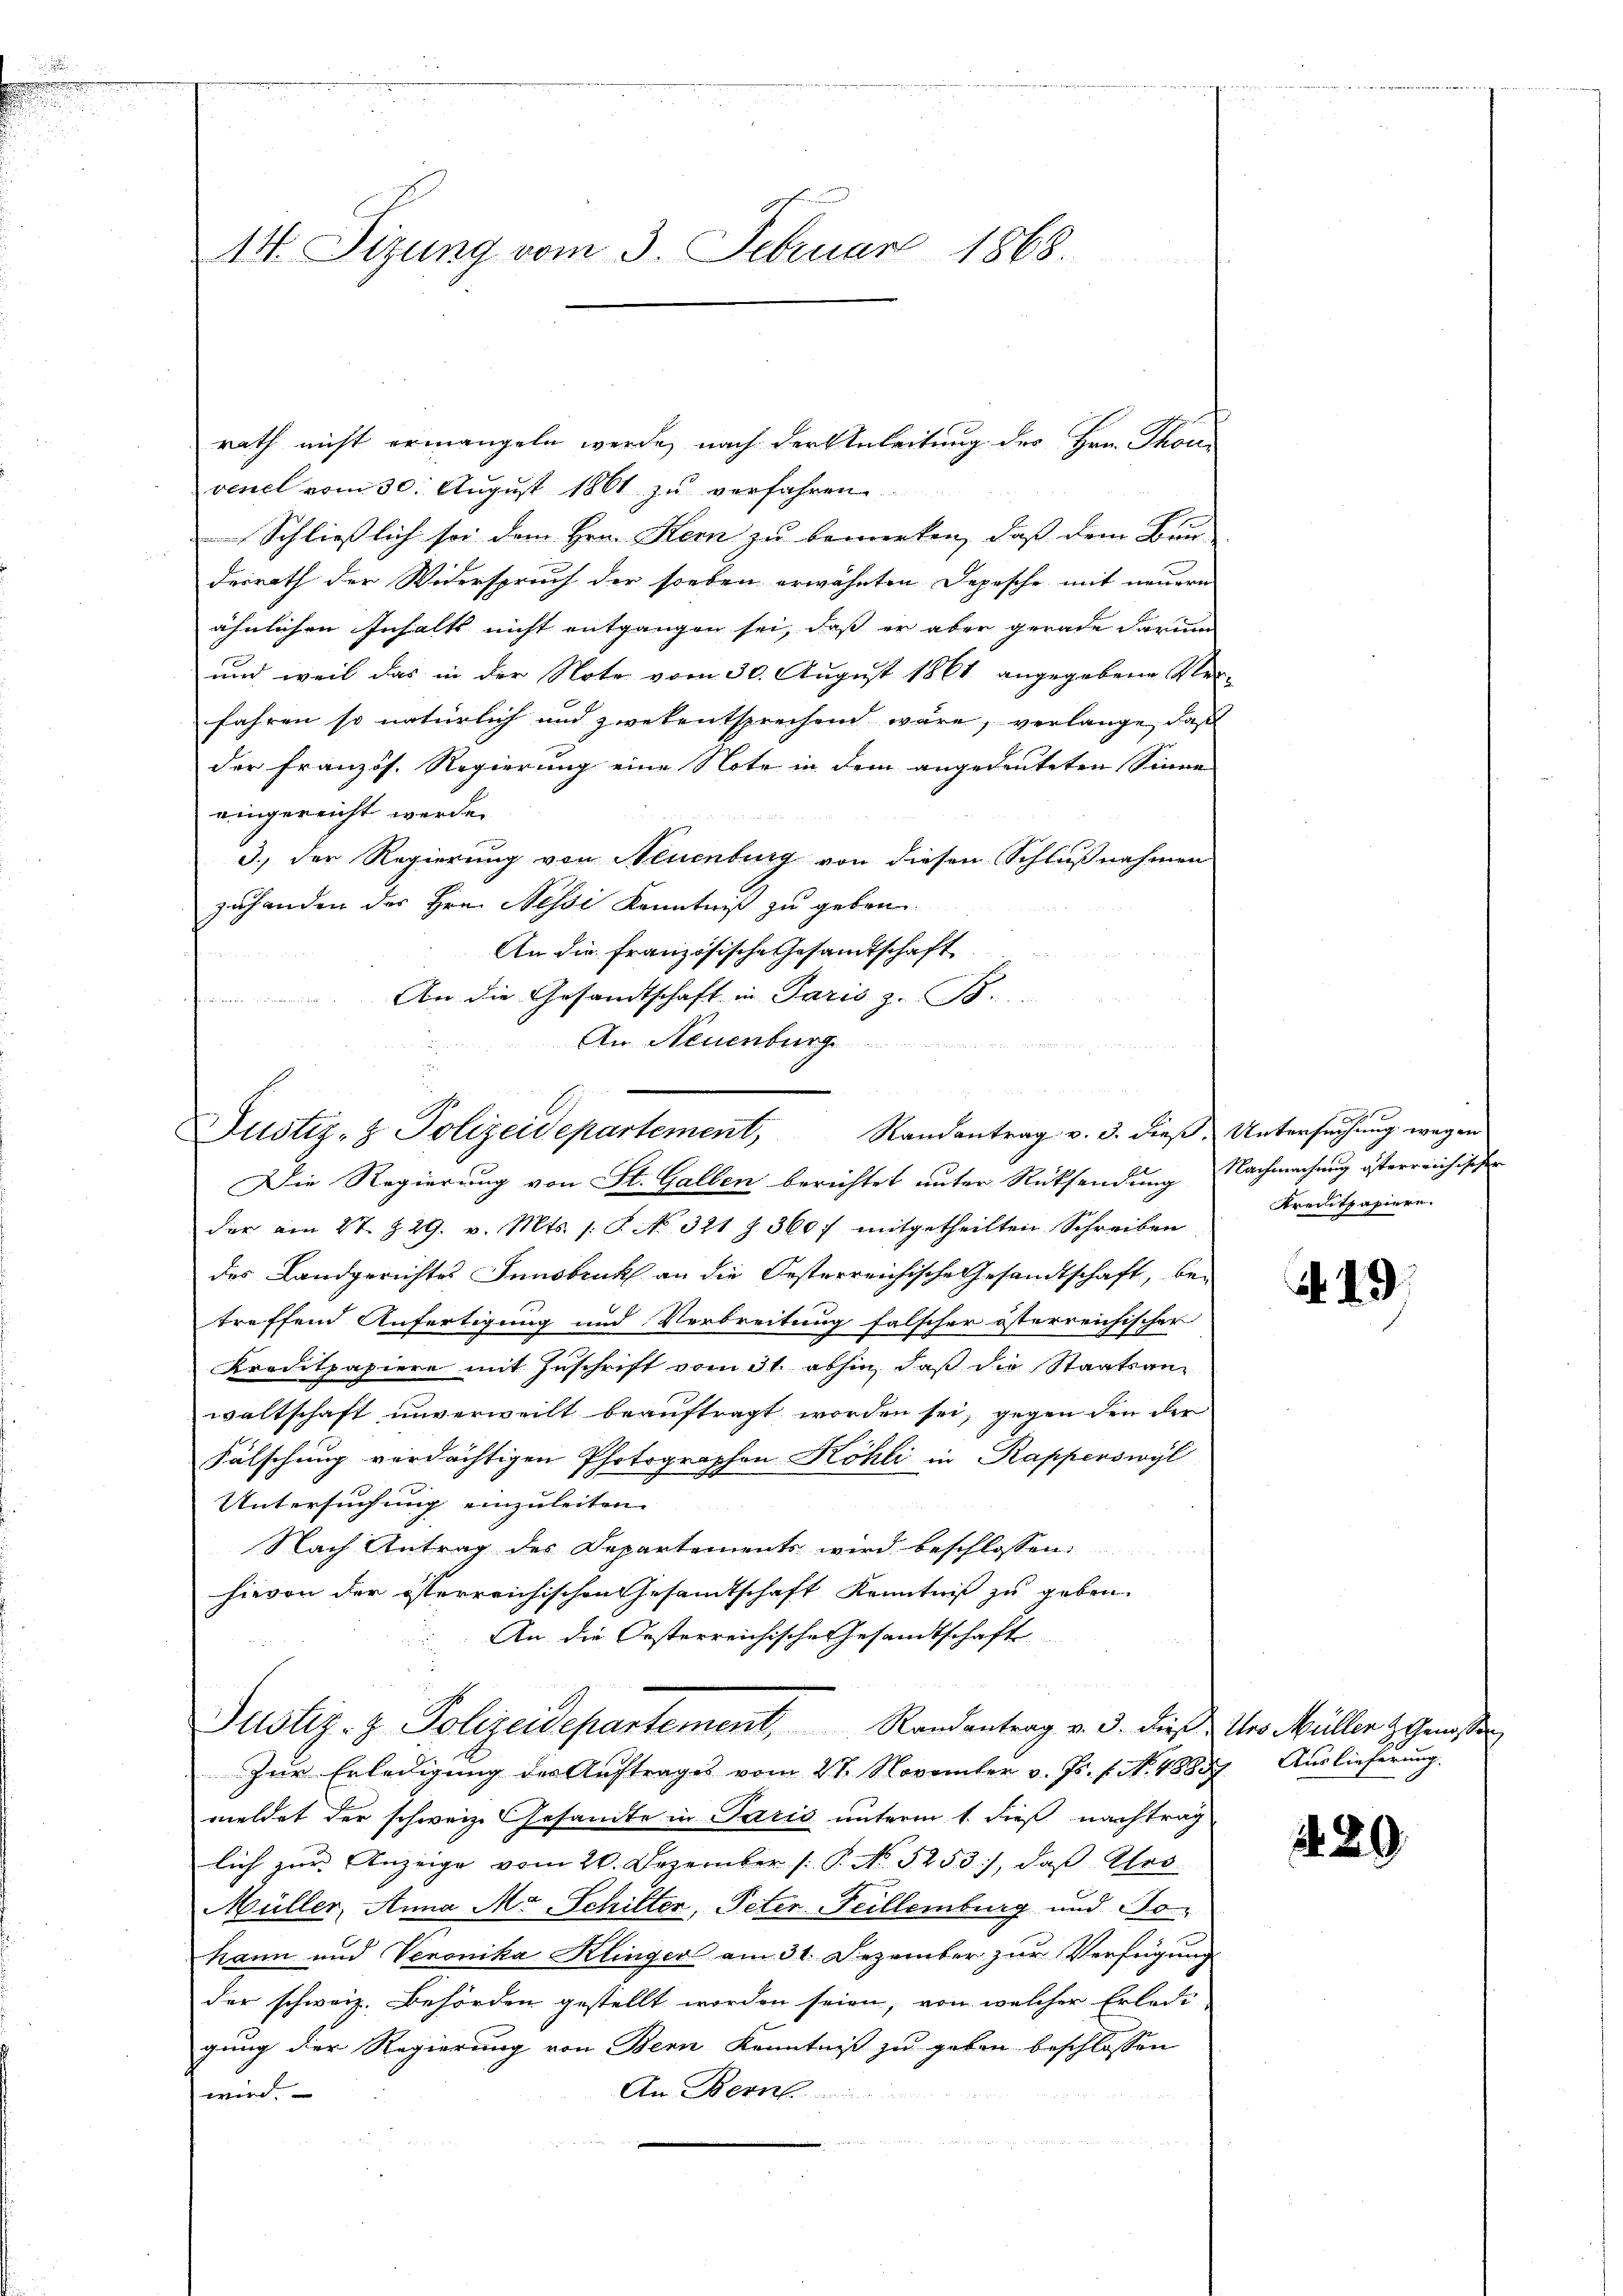
.

14. Sizung vom 3. Februar 1868.

rath nicht ermangeln werde, nach der Anleitung der Hrn. Thoni
venel vom 30. August 1861 zu verfahren
Schließlich sei dem Hrn. Kern zu bemerken, daß dem Bun-
derrath der Widerspruch der soeben erwähnten Depesche mit neuern
ähnlichen Inhalts nicht entgangen sei, daß er aber gerade darum
und weil das in der Note vom 30. August 1861 angegebene Ver-
fahren so natürlich und zwekentsprechen wäre, verlange, daß
der Französ. Regierung eine Note in dem angedeuteten Sinne
eingereicht werde.
3.) Der Regierung von Neuenburg von diesen Schlußnahmen
zuhanden der Hrn. Nessi Kenntniß zu geben.
An die französische Gesandtschaft
An die Gesandtschaft in Paris z. B.
An Neuenburg

Die Regierung von St. Gallen berichtet unter Rücksendung Nachmachung österreichischen
der am 27. Z. 29. v. Mts. s. S. No. 321 Z. 360 f mitgetheilten Schreiben
des Landgerichtes Innsbruck an die Oesterreichische Gesandtschaft, betreffend Anfertigung und Verbreitung falscher österreichischer
Kreditpapiere mit Zuschrift vom 3t abhin, daß die Staatsan-
waltschaft unverweilt beauftragt worden sei, gegen den der
Fälschung verdächtigen Photographen Köhli in Rapperswyl
Untersuchung einzuleiten. |
Nach Antrag des Departements wird beschlossen:
hievon der österreichischen Gesamtschaft Kenntniß zu geben
An die Oesterreichische Gesamtschaft

Justiz- & Polizeidepartement, Randantrag v. 3. dieß. Untersuchung wegen

Justiz- & Polizeidepartement, Randantrag v. 3. dieß der Müller & Genossen

Zur Erledigung des Auftrages vom 21. November v. Js. f. No. 48837. Auslieferung.
meldet der schweiz. Gesandte in Paris unterm 1. dieß nachtrag
lich zur Anzeige vom 20. Dezember /: P. No 5253), daβ Geo
Müller, Anna Mo Schilter, Peter Feillenburg und So
kann und Veronika Klinger am 31. Dezember zur Verfügung
der schweiz. Behörden gestellt worden seien, von welcher Erledi-
gung der Regierung von Bern Kenntniß zu geben beschlossen
An Bern
wird.
r

2
Kreitpapiere.

i

19

229.